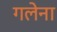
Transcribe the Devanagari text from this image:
गलेना